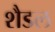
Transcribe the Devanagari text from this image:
शैडल